Eesti_Vabariigi_Tartu_Ulikool, lk 48
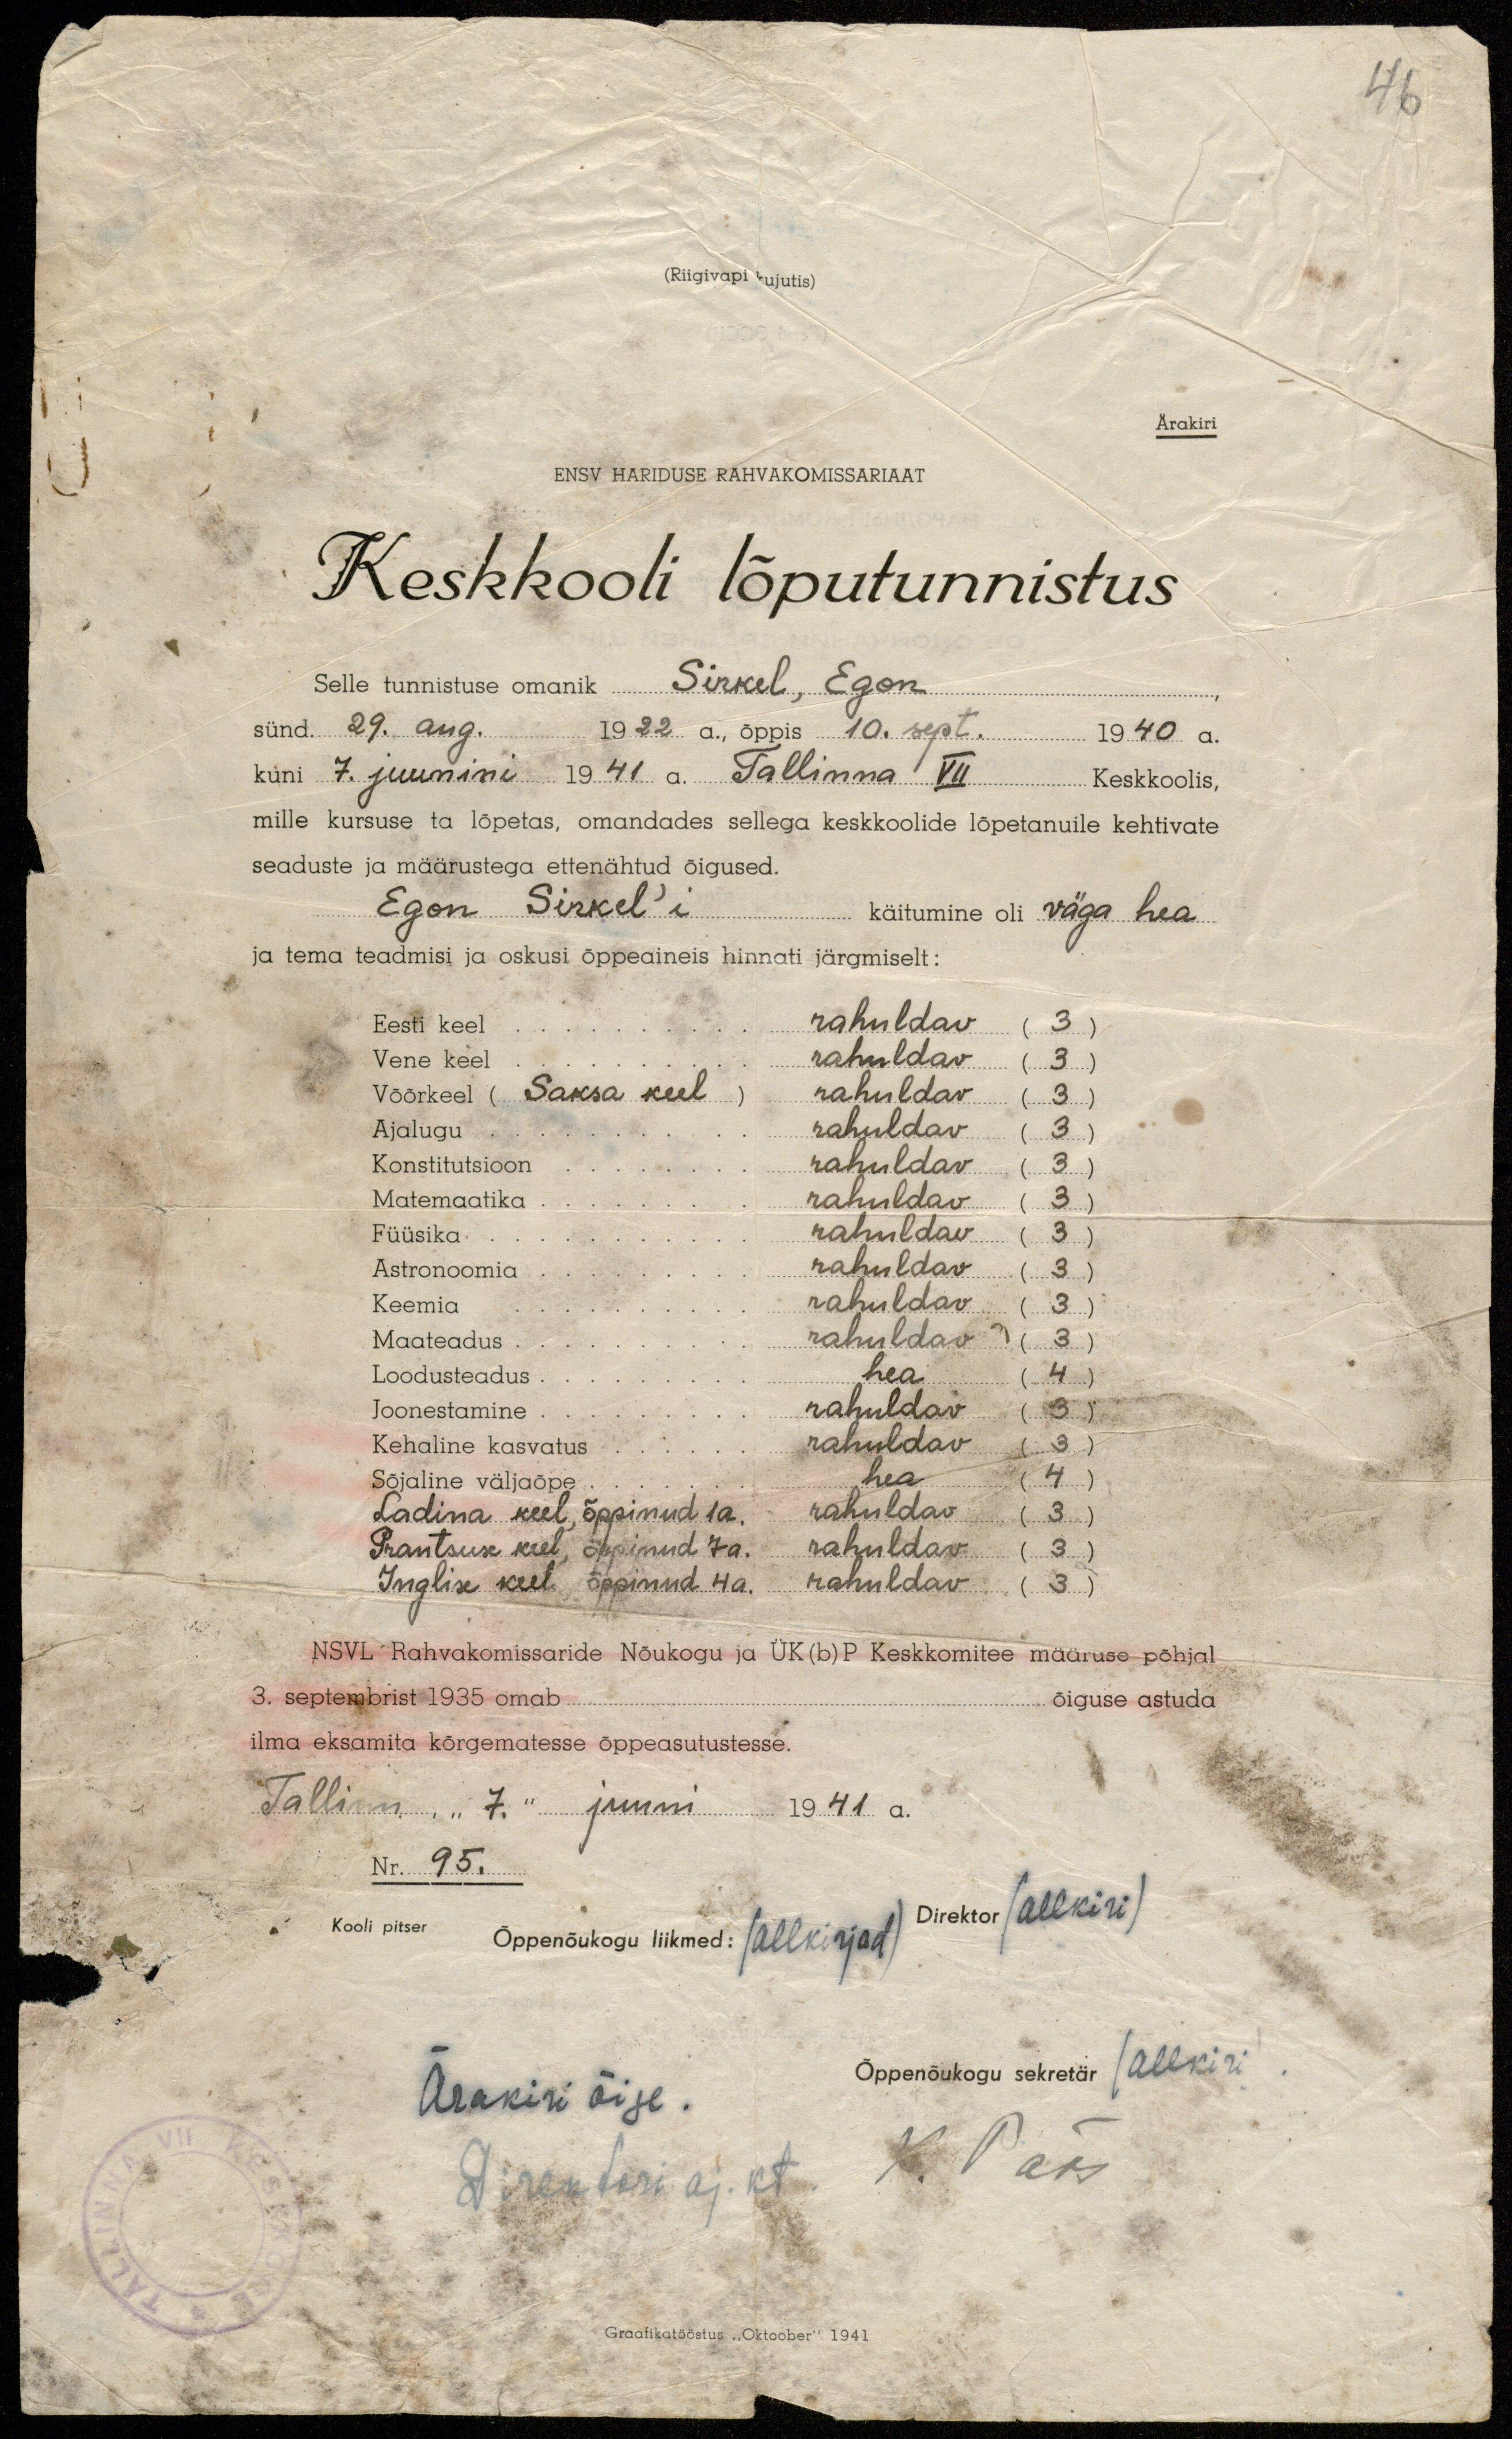
46

(Riigivapi kujutis)

Ärakiri

ENSV HARIDUSE RAHVAKOMISSARIAAT

Keskkooli lõputunnistus

Selle tunnistuse omanik Sirkel, Egon
sünd. 29. aug. 1922 a., õppis 10. sept. 1940 a.
kuni 7. juunini 1941 a. Tallinna VII Keskkoolis,
mille kursuse ta lõpetas, omandades sellega keskkoolide lõpetanuile kehtivate
seaduste ja määrustega ettenähtud õigused.
Egon Sirkel'i käitumine oli väga hea
ja tema teadmisi ja oskusi õppeaineis hinnati järgmiselt:
Eesti keel rahuldav (3)
Vene keel rahuldav (3)
Võõrkeel (Saksa keel) rahuldav (3)
Ajalugu rahuldav (3)
Konstitutsioon rahuldav (3)
Matemaatika rahuldav (3)
Füüsika rahuldav (3)
Astronoomia rahuldav (3)
Keemia rahuldav (3)
Maateadus rahuldav (3)
Loodusteadus hea (3)
Joonestamine rahuldav (3)
Kehaline kasvatus rahuldav (3)
Sõjaline väljaõpe hea (4)
Ladina keel õppinud 1a. rahuldav (3)
Prantsuse keel õppinud 7a. rahuldav (3)
Inglise kell õppinud 4a. rahuldav (3)

NSVL Rahvakomissaride Nõukogu ja ÜK (b) P Keskkomitee määruse põhjal
3. septembrist 1935 omab õiguse astuda
ilma eksamita kõrgematesse õppeasutustesse.
Tallinn, "7" juuni 1941 a.
Nr. 95.
Kooli pitser
Õppenõukogu liikme: (allkirjad)
Direktor (allkiri)
Õppenõukogu sekretär (allkiri)
Ärakiri õige.
Direktori aj. kt.
K. Pats
Graafikatööstus "Oktoober" 1941